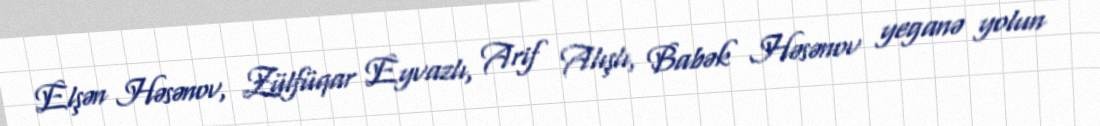
Elşən Həsənov, Zülfüqar Eyvazlı, Arif Alışlı, Babək Həsənov yeganə yolun